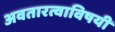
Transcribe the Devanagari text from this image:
अवतारत्वाविषयी